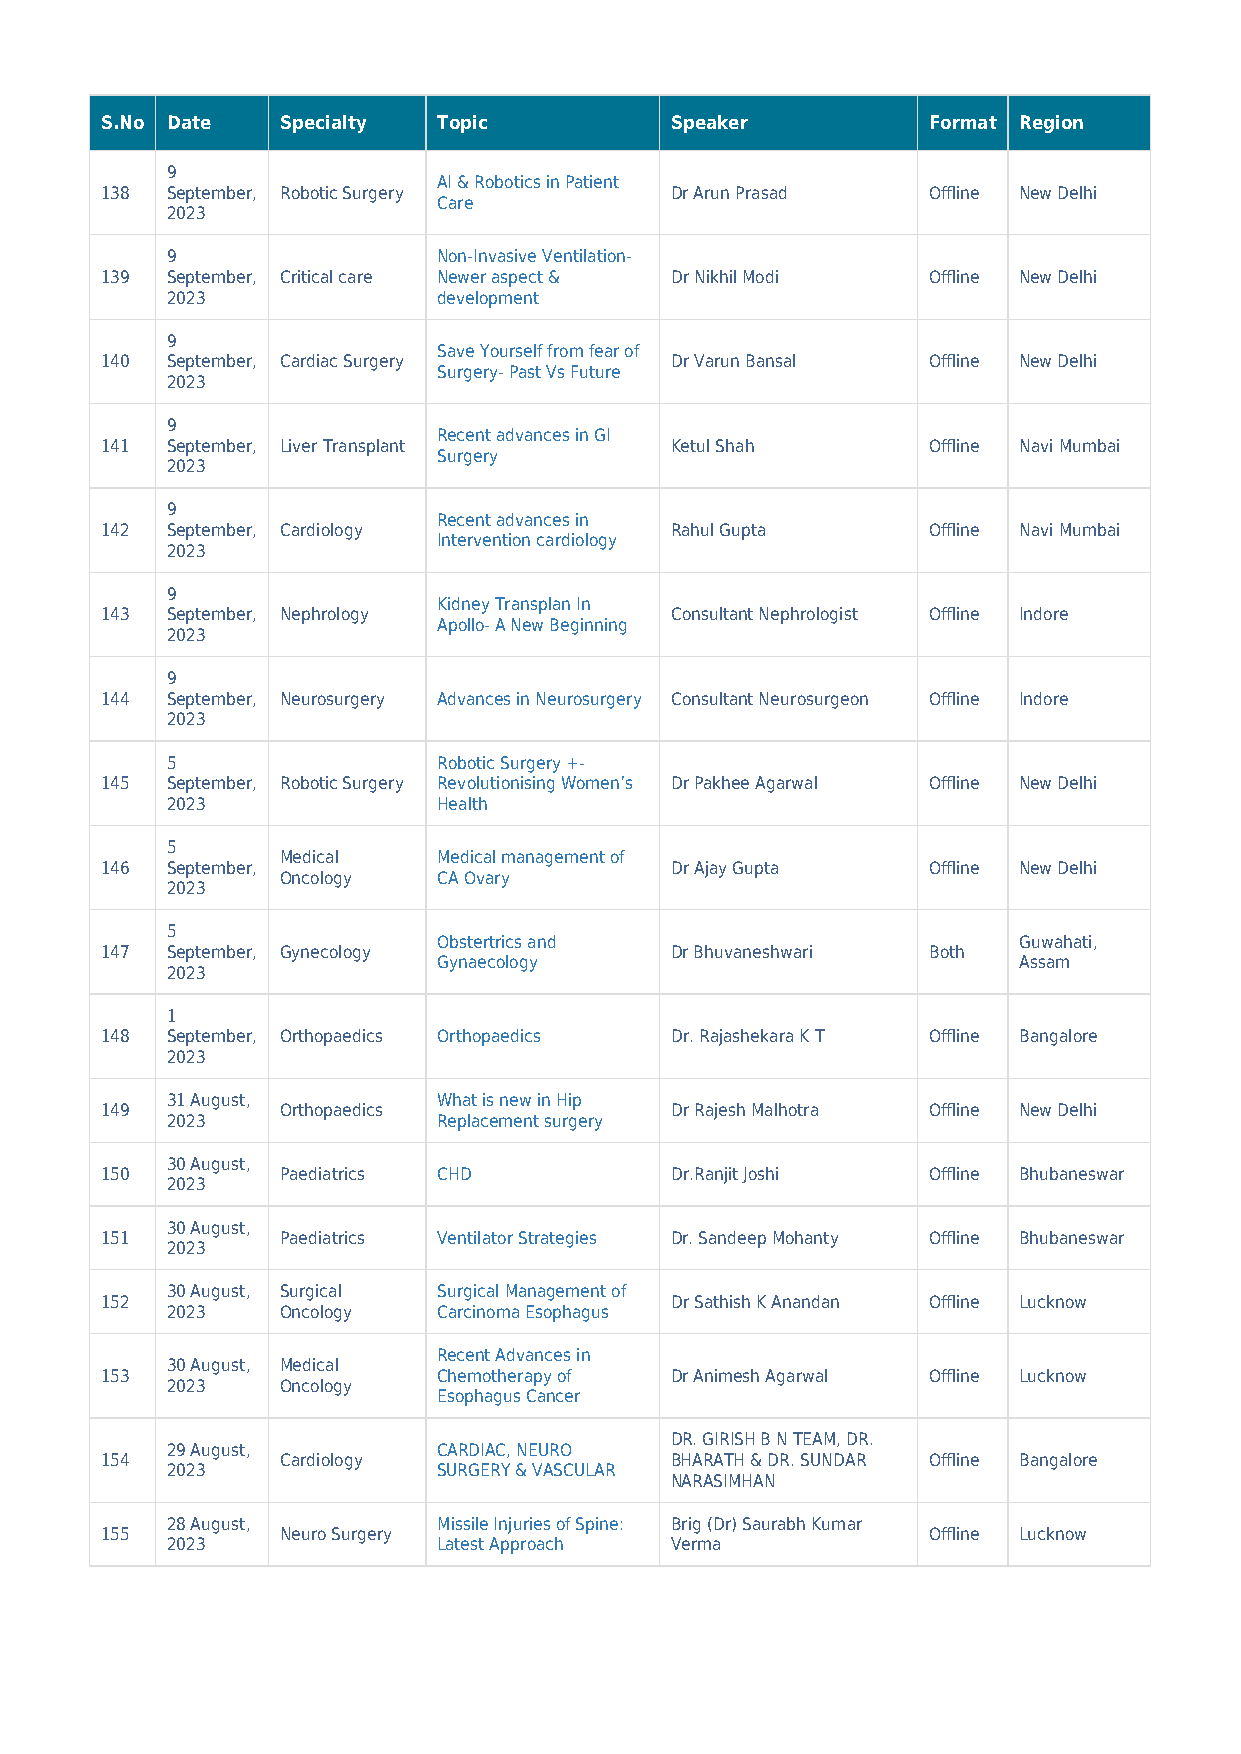
S.No Date   Specialty Topic          Speaker          Format Region
 9
 AI & Robotics in Patient
 138 September, Robotic Surgery       Dr Arun Prasad   Offline New Delhi
 Care
 2023
 9                 Non-Invasive Ventilation-
 139 September, Critical care Newer aspect & Dr Nikhil Modi Offline New Delhi
 2023              development
 9
 Save Yourself from fear of
 140 September, Cardiac Surgery       Dr Varun Bansal  Offline New Delhi
 Surgery- Past Vs Future
 2023
 9
 Recent advances in GI
 141 September, Liver Transplant      Ketul Shah       Offline Navi Mumbai
 Surgery
 2023
 9
 Recent advances in
 142 September, Cardiology            Rahul Gupta      Offline Navi Mumbai
 Intervention cardiology
 2023
 9
 Kidney Transplan In
 143 September, Nephrology            Consultant Nephrologist Offline Indore
 Apollo- A New Beginning
 2023
 9
 144 September, Neurosurgery Advances in Neurosurgery Consultant Neurosurgeon Offline Indore
 2023
 5                 Robotic Surgery +-
 145 September, Robotic Surgery Revolutionising Women’s Dr Pakhee Agarwal Offline New Delhi
 2023              Health
 5
 Medical   Medical management of
 146 September,                       Dr Ajay Gupta    Offline New Delhi
 Oncology  CA Ovary
 2023
 5
 Obstertrics and                       Guwahati,
 147 September, Gynecology            Dr Bhuvaneshwari Both
 Gynaecology                           Assam
 2023
 1
 148 September, Orthopaedics Orthopaedics Dr. Rajashekara K T Offline Bangalore
 2023
 31 August,        What is new in Hip
 149         Orthopaedics             Dr Rajesh Malhotra Offline New Delhi
 2023              Replacement surgery
 30 August,
 150         Paediatrics CHD          Dr.Ranjit Joshi  Offline Bhubaneswar
 2023
 30 August,
 151         Paediatrics Ventilator Strategies Dr. Sandeep Mohanty Offline Bhubaneswar
 2023
 30 August, Surgical Surgical Management of
 152                                  Dr Sathish K Anandan Offline Lucknow
 2023    Oncology  Carcinoma Esophagus
 Recent Advances in
 30 August, Medical
 153                   Chemotherapy of Dr Animesh Agarwal Offline Lucknow
 2023    Oncology
 Esophagus Cancer
 DR. GIRISH B N TEAM, DR.
 29 August,        CARDIAC, NEURO
 154         Cardiology               BHARATH & DR. SUNDAR Offline Bangalore
 2023              SURGERY & VASCULAR
 NARASIMHAN
 28 August,        Missile Injuries of Spine: Brig (Dr) Saurabh Kumar
 155         Neuro Surgery                             Offline Lucknow
 2023              Latest Approach Verma